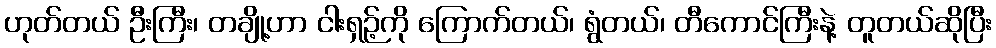
ဟုတ်တယ် ဦးကြီး၊ တချို့ဟာ ငါးရှဉ့်ကို ကြောက်တယ်၊ ရွံတယ်၊ တီကောင်ကြီးနဲ့ တူတယ်ဆိုပြီး